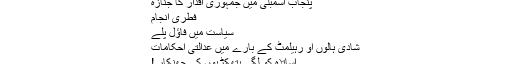
پنجاب اسمبلی میں جمہوری اقدار کا جنازہ
فطری انجام
سیاست میں فاؤل پلے
شادی ہالوں او رہیلمٹ کے بارے میں عدالتی احکامات
اساتذہ کو لگی ہتھکڑیوں کی جھنکار !